Lunatic asylums Burma 1922-24 - 1922-1924
Year: 1922
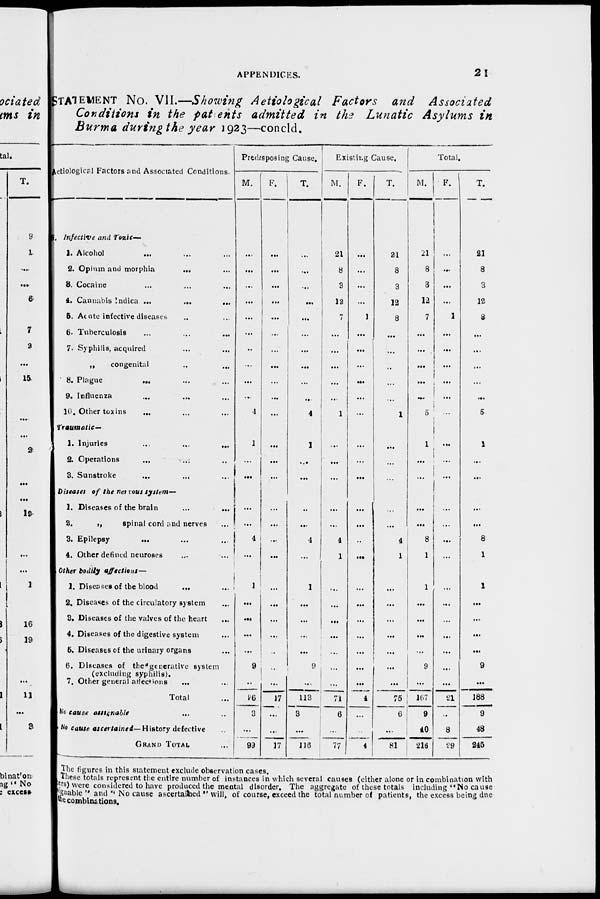
APPENDICES.
21
STATEMENT No. VII.—Showing Aetiological Factors and Associated
Conditions in the patients admitted in the Lunatic Asylums in
Burma during the year 1923—concld.
Aetiological Factors and Associated Conditions.
H. Infective and Tozic—
1. Alcohol
... ... ...
2. Opium and morphia
... ...
3. Cocaine ... ... ...
4. Cannabis Indica ...
...
...
5. Acute infective diseases ... ...
6. Tuberculosis ... ... ...
7. Syphilis, acquired ... ...
„
congenital ... ...
8. Plague
...
...
...
9. Influenza ... ... ...
10. Other toxins
... ... ...
Traumatic—
1. Injuries ... ... ...
2. Operations ... ... ...
3. Sunstroke
... ... ...
Diseases of the nervous system—
1. Diseases of the brain ... ...
2.
„
spinal cord and nerves ...
3. Epilepsy ... ... ...
4. Other defined neuroses ... ...
Other bodily affections—
1. Diseases of the blood
... ...
2. Diseases of the circulatory system ...
3. Diseases of the valves of the heart ...
4. Diseases of the digestive system ...
5. Diseases of the urinary organs ...
6. Diseases of the generative system
(excluding syphilis).
7. Other general affections ... ...
Total ...
No cause assignable ... ...
No cause ascertained— History defective ...
GRAND TOTAL ...
Predisposing Cause.
M.
...
...
...
...
...
...
...
...
...
...
4
1
...
...
...
...
4
...
1
...
...
...
...
9
...
96
3
...
99
F.
...
...
...
...
...
...
...
...
...
...
...
...
...
...
...
...
...
...
...
...
...
...
...
...
...
17
...
...
17
T.
...
...
...
...
...
...
...
...
...
...
4
1
...
...
...
...
4
...
1
...
...
...
...
9
...
113
3
...
116
Existing Cause.
M.
21
8
3
12
7
...
...
...
...
...
1
...
...
...
...
...
4
1
...
...
...
...
...
...
...
71
6
...
77
F.
...
...
...
...
1
...
...
...
...
...
...
...
...
...
...
...
...
...
...
...
...
...
...
...
...
4
...
...
4
T.
21
8
3
12
8
...
...
...
...
...
1
...
...
...
...
...
4
1
...
...
...
...
...
...
...
75
6
...
81
Total.
M.
21
8
3
12
7
...
...
...
...
...
5
1
...
...
...
...
8
1
1
...
...
...
...
9
...
167
9
40
216
F.
...
...
...
...
1
...
...
...
...
...
...
...
...
...
...
...
...
...
...
...
...
...
...
...
...
21
...
8
29
T.
21
8
3
12
8
...
...
...
...
...
5
1
...
...
...
...
8
1
1
...
...
...
...
9
...
188
9
48
245
The figures in this statement exclude observation cases.
These totals represent the entire number of instances in which several causes (either alone or in combination with
ers) were considered to have produced the mental disorder. The aggregate of these totals including "No cause
signable " and " No cause ascertained " will, of course, exceed the total number of patients, the excess being due
the combinations.